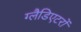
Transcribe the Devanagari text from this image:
ग्लैडिएटरों